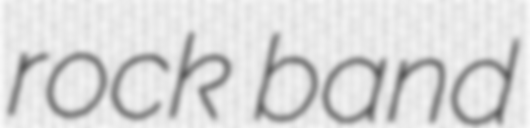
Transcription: rock band